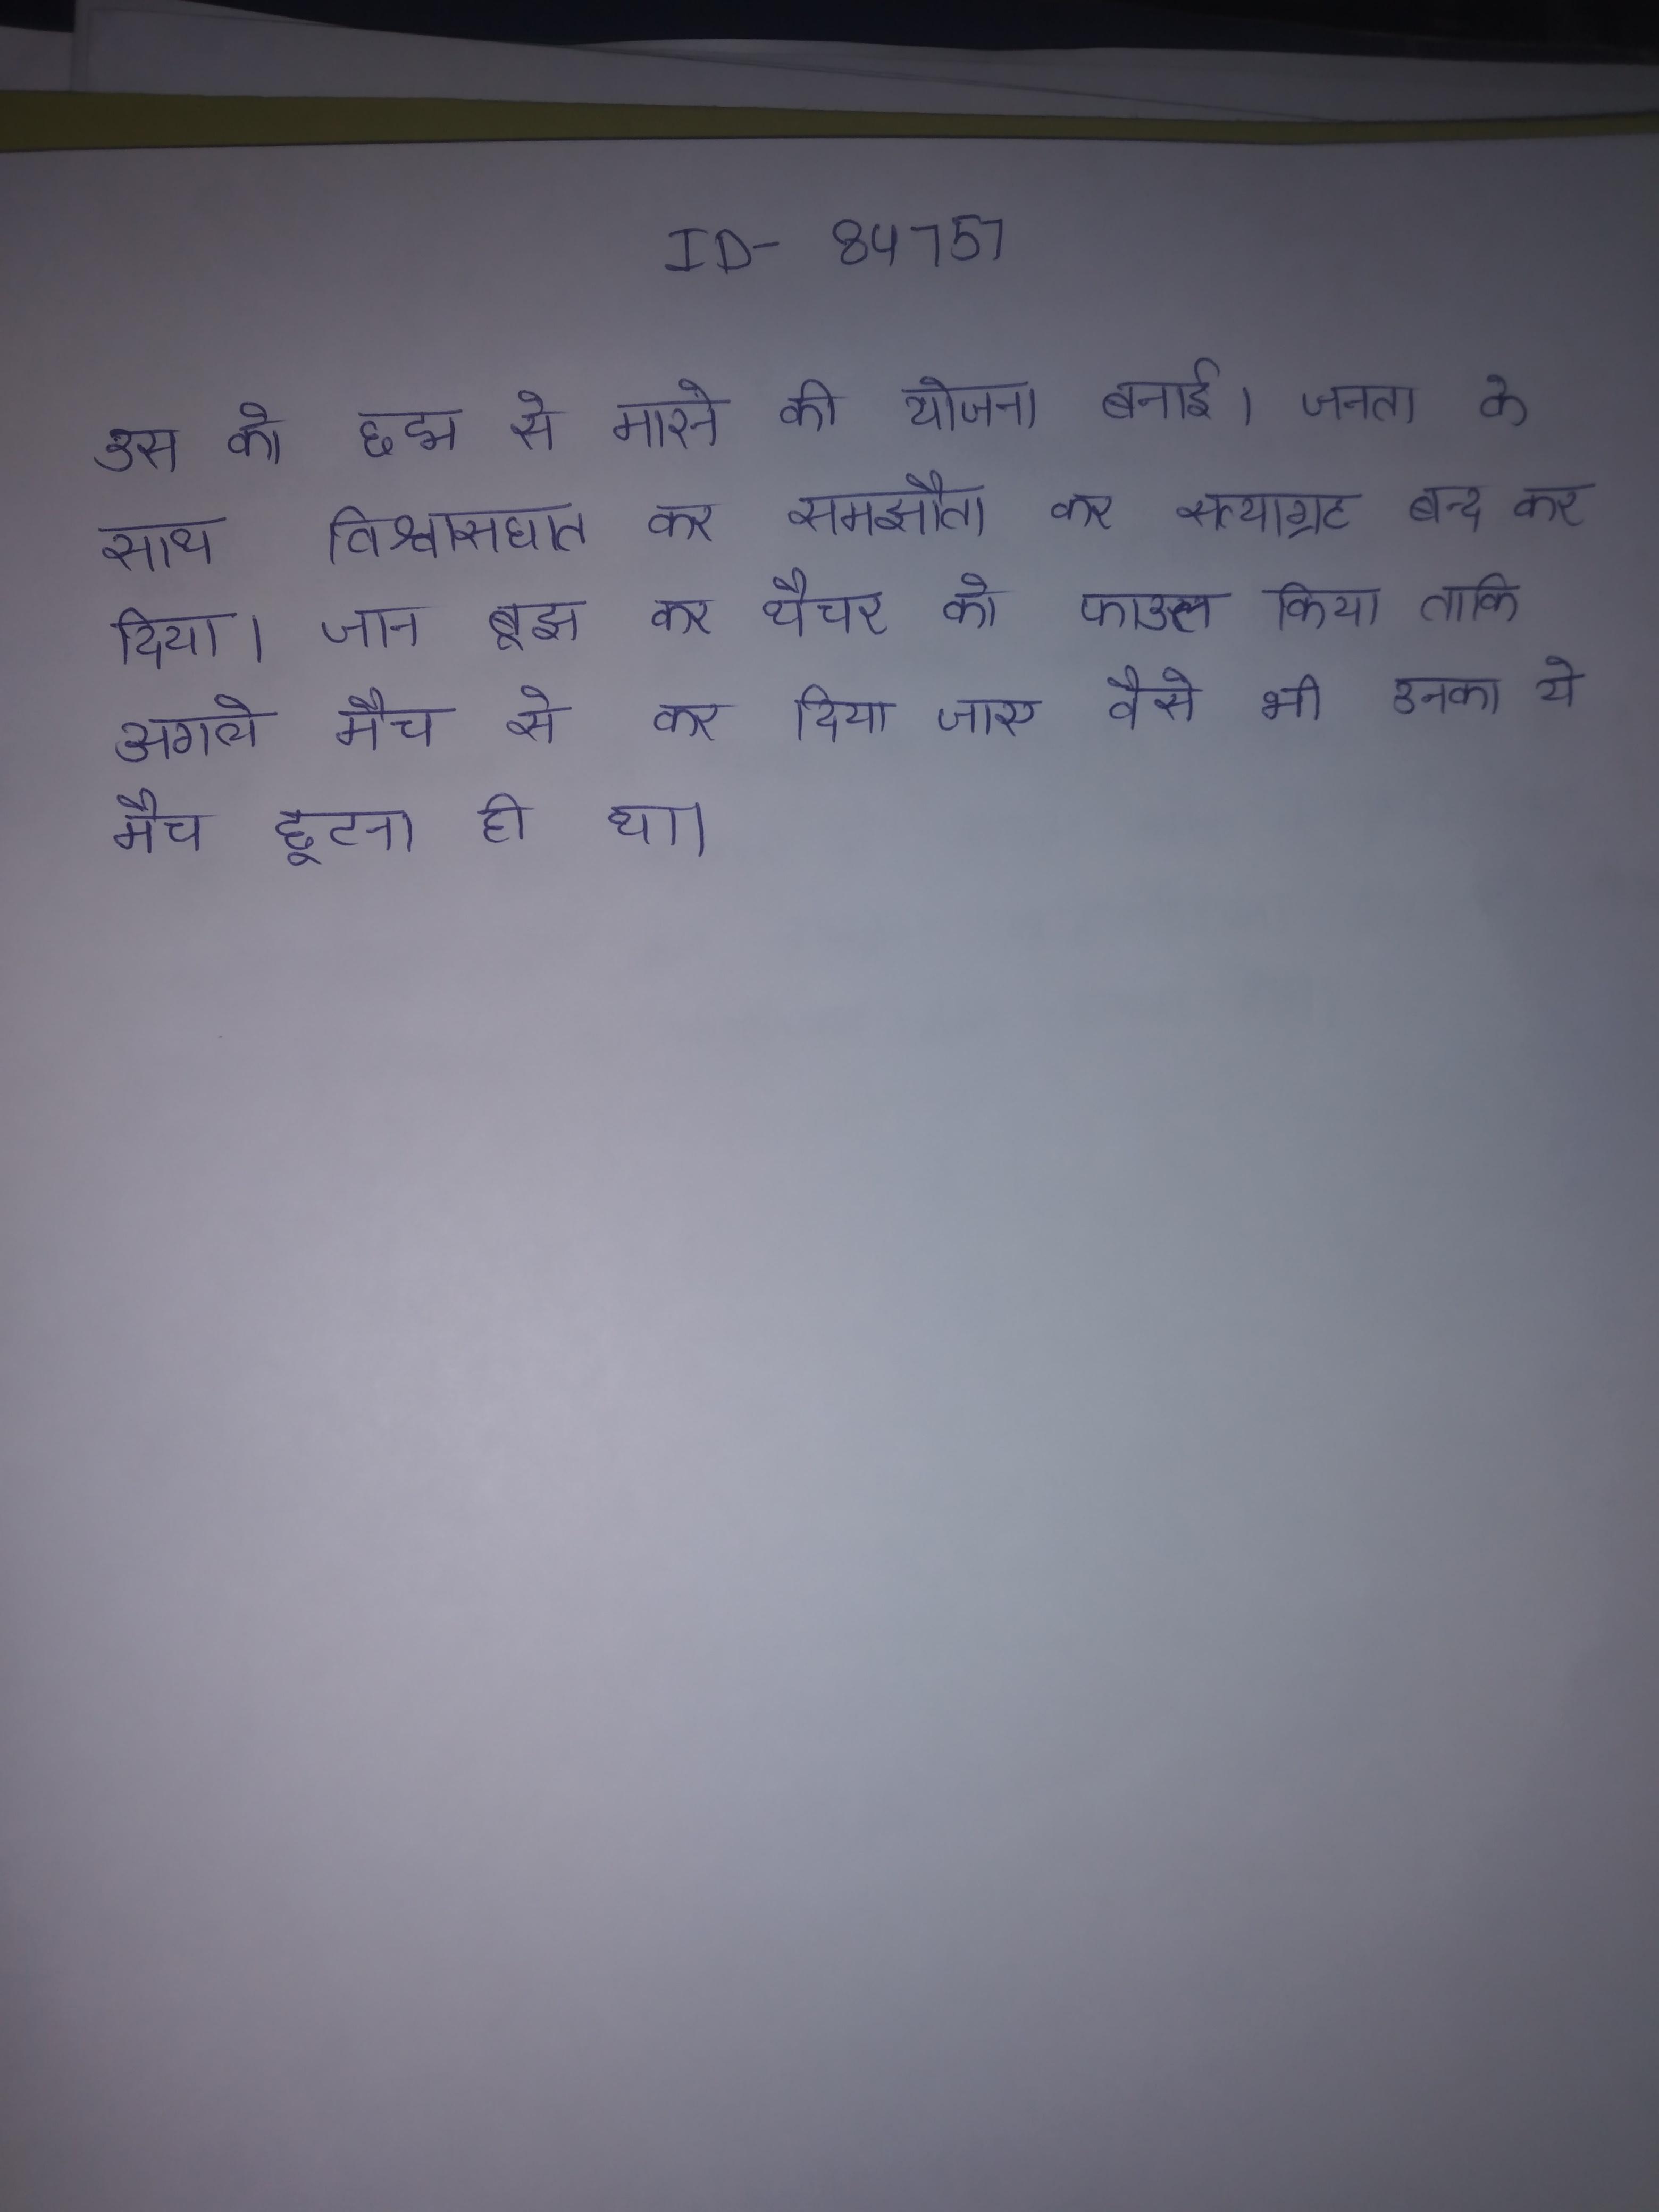
उस को छद्म से मारने की योजना बनाई । जनता के साथ विश्वासघात कर समझौता कर सत्याग्रह बन्द कर दिया । जान बूझ कर थैचर को फाउल किया ताकि अगले मैच से कर दिया जाए वैसे भी उनका ये मैच छूटना ही था ।